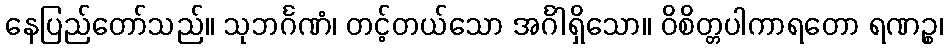
နေပြည်တော်သည်။ သုဘင်္ဂဏံ၊ တင့်တယ်သော အင်္ဂါရှိသော။ ဝိစိတ္တပါကာရတော ရဏဉ္စ၊